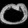
Digit: ၀